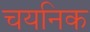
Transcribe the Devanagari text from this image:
चयनिक